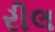
રીલ